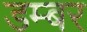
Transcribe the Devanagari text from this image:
डम्‍बर